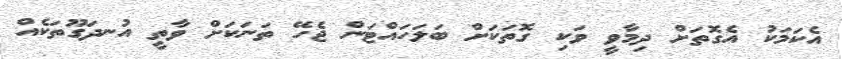
އެކަމަކު އެގޮތަށް ދިމާވީ ވަކި ގޮތަކަށް ބަލަހައްޓަން ޖެހޭ ތަނަކަށް ވާތީ އުނދަގޫތަކެއް